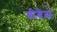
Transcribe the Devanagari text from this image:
बीबेस